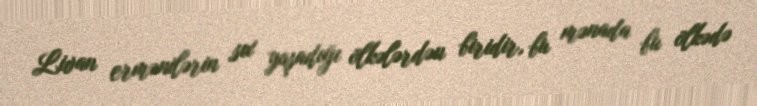
Livan ermənilərin sıx yaşadığı ölkələrdən biridir, bu mənada bu ölkədə